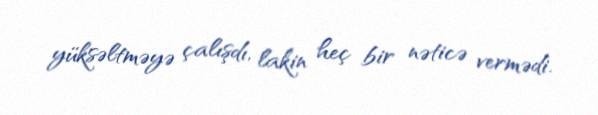
yüksəltməyə çalışdı, lakin heç bir nəticə vermədi.